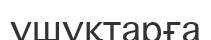
ұшұқтарға